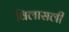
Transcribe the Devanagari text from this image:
विलासली